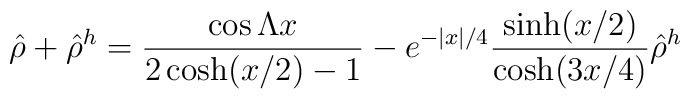
\hat{\rho}+\hat{\rho}^h= {\cos \Lambda x\over  2\cosh(x/2)-1}- e^{-|x|/4}{\sinh (x/2)\over \cosh (3x/4)} \hat{\rho}^h